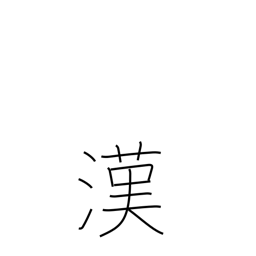
Meaning: China